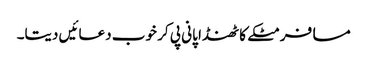
مسافر مٹکے کا ٹھنڈا پانی پی کر خوب دعائیں دیتا۔